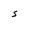
Letter: _hamza